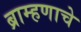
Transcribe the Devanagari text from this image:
ब्राम्हणाचे